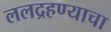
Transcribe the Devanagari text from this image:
ललद्रहण्याचा